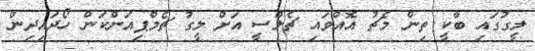
ލީގުގައި ބާކީ ތިން މެޗު އޮއްވައި ޗެލްސީ އަށް ލީގު ޗެމްޕިއަންކަން ހޯދައިދިން